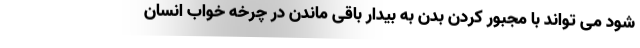
شود می تواند با مجبور کردن بدن به بیدار باقی ماندن در چرخه خواب انسان